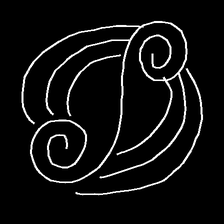
Glyph: wind-underfoot